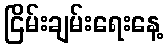
ငြိမ်းချမ်းရေးနေ့